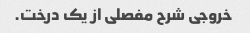
خروجی شرح مفصلی از یک درخت.